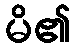
မိ၏